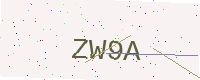
Text: ZW9A